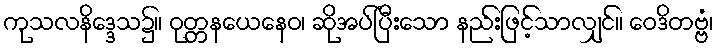
ကုသလနိဒ္ဒေသ၌။ ဝုတ္တနယေနေဝ၊ ဆိုအပ်ပြီးသော နည်းဖြင့်သာလျှင်။ ဝေဒိတဗ္ဗံ၊